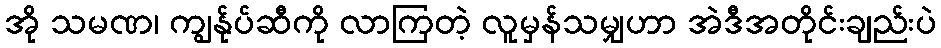
အို သမဏ၊ ကျွန်ုပ်ဆီကို လာကြတဲ့ လူမှန်သမျှဟာ အဲဒီအတိုင်းချည်းပဲ